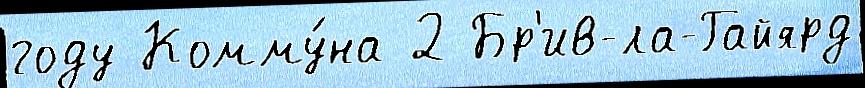
году Комму́на 2 Бр'ив-ла-Гайярд